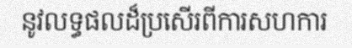
នូវលទ្ធផលដ៏ប្រសើរពីការសហការ